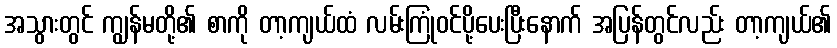
အသွားတွင် ကျွန်မတို့၏ စာကို တာ့ကျယ်ထံ လမ်းကြုံဝင်ပို့ပေးပြီးနောက် အပြန်တွင်လည်း တာ့ကျယ်၏